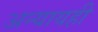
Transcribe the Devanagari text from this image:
अन्यायही